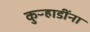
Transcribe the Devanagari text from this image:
कुऱ्हाडींना